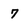
Character: 7